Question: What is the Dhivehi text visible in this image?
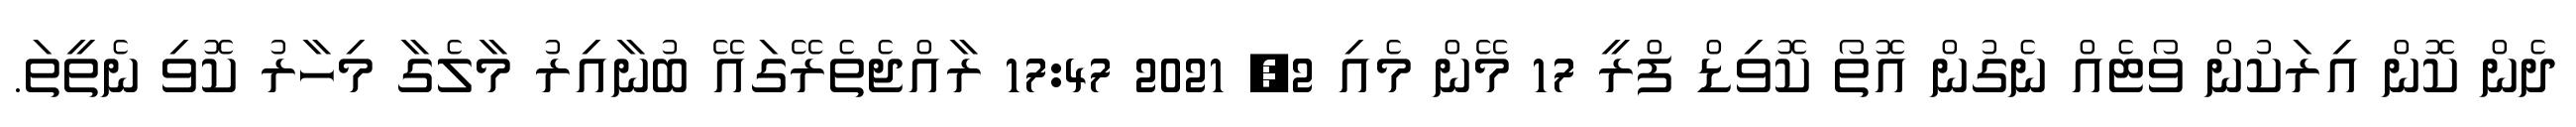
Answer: ދެން ކޮން އިރަކުން ވޯޓެއް ނެގުން އޮތޯ ކޮވިޑް ފްރީ 17 މޭން މެއި 2, 2021 17:47 ރާއްޖެތެރޭގައޭ ބުނާއިރު މާލެގާ މިހާރު ކޮވި ނެތީތަ.